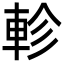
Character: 軫